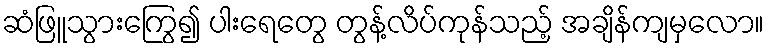
ဆံဖြူသွားကြွေ၍ ပါးရေတွေ တွန့်လိပ်ကုန်သည့် အချိန်ကျမှလော။